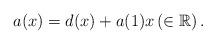
LaTeX: \begin{align*} a(x)=d(x)+a(1)x \left(\in \mathbb{R}\right). \end{align*}